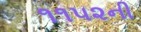
૧૧૫૨ની